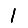
Digit: 1